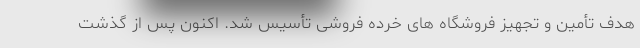
هدف تأمین و تجهیز فروشگاه های خرده فروشی تأسیس شد. اکنون پس از گذشت